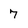
Character: 7